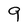
Character: 9